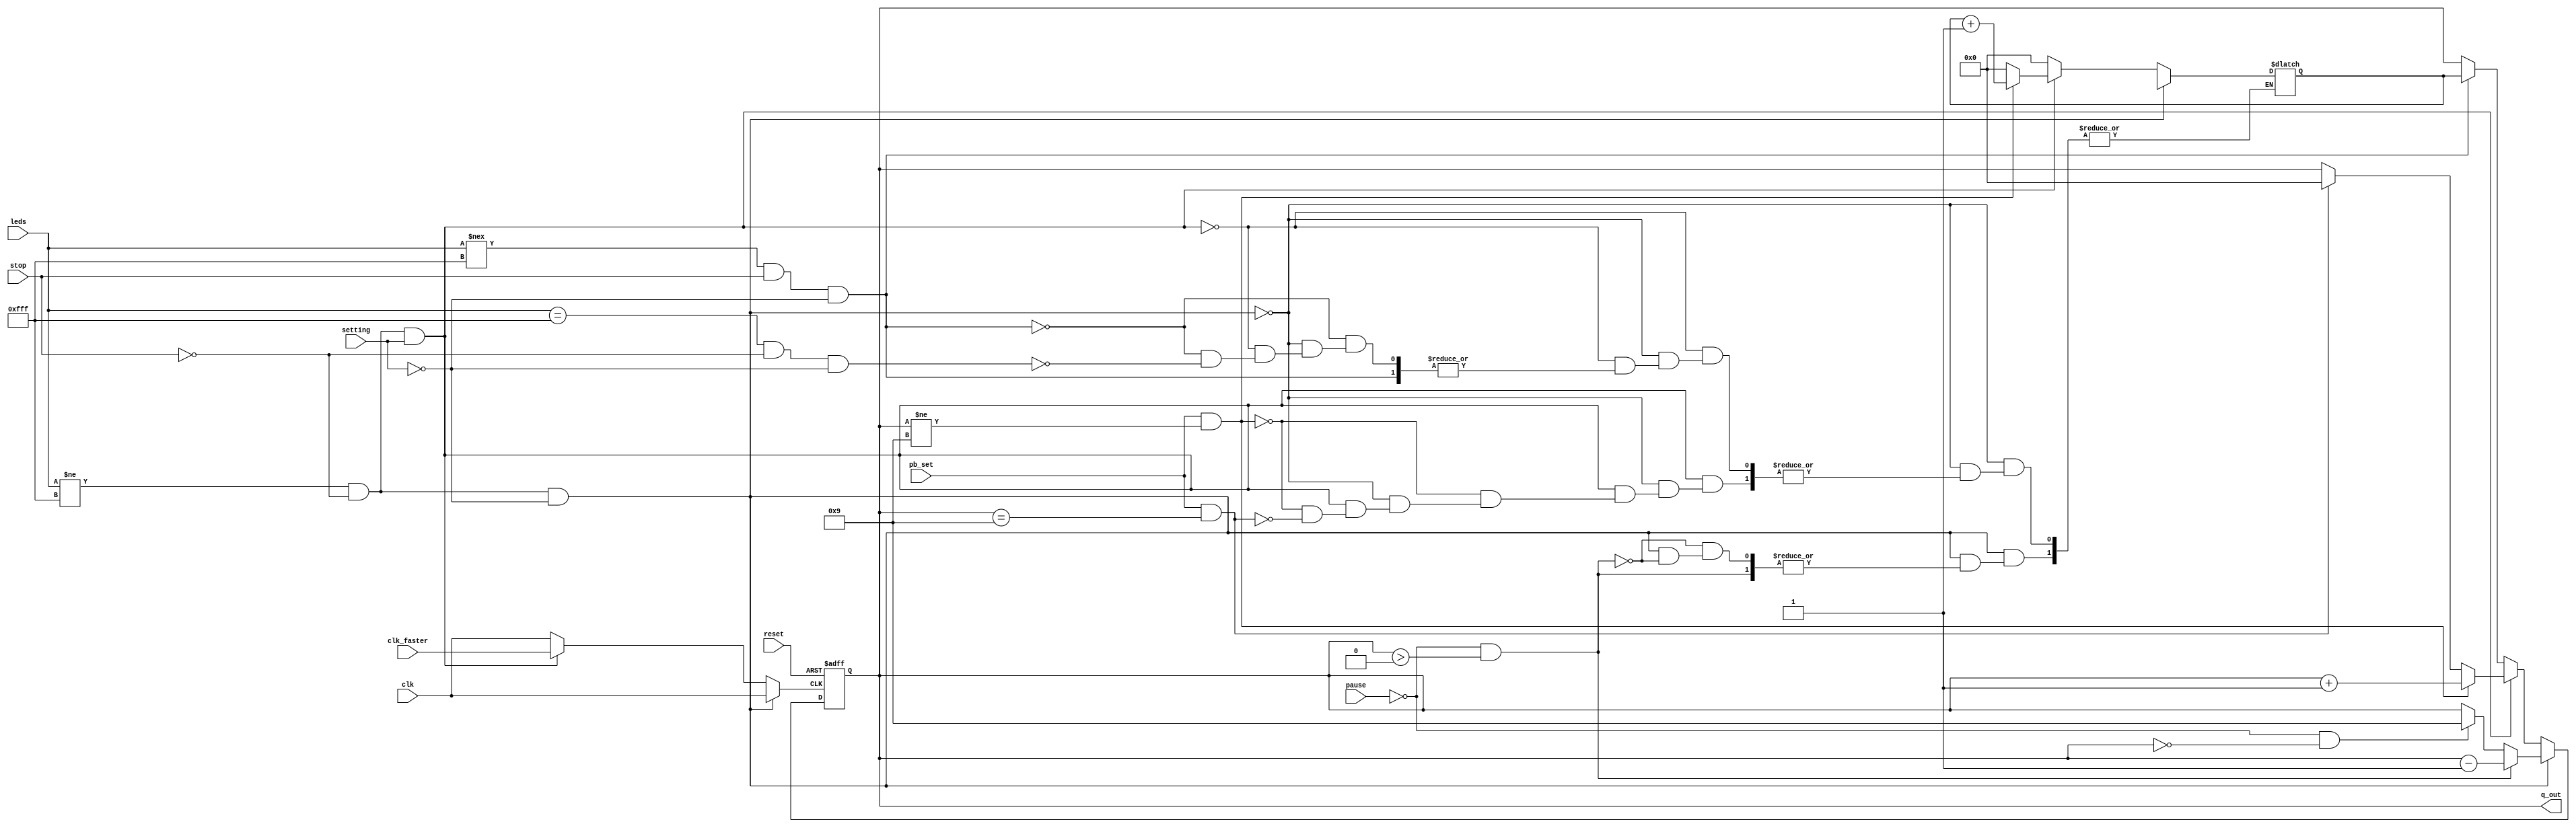
module syndwcnt0_BCD(
    q_out,
    clk, // global clock
    clk_faster,
    reset, // active low reset
    stop,
    pause,
    pb_set,
    setting,
    leds
);

output [3:0] q_out;
input clk; // global clock
input clk_faster;
input reset; // active low reset
input stop;
input pause;
input pb_set;
input setting;
input [11:0] leds;

reg [3:0] q, q_out, count_temp, num; // input to dff (in always block)
reg clk_counter, finish;

always @* begin
if (leds != 12'b111111111111 && ~stop && ~setting) begin
    clk_counter = clk;
    if (pause == 0 && q > 4'd0) begin
        count_temp = q - 1'b1;
        num = num ;
    end
    else if (pause == 0 && q == 4'd0) begin
        count_temp = 4'd9;
        num = num ;
    end
    else begin
        count_temp = q;
        num = num ;
    end
end
else if (leds != 12'b111111111111 &&  ~stop && setting) begin
    clk_counter = clk_faster;
    if (pb_set && q != 4'd9) begin
        count_temp = q + 1'b1;
        num = num + 1'b1;
    end
    else if (pb_set && q == 4'd9) begin
        count_temp = 4'd0;
        num = 1'b0;
    end
    else begin
        count_temp = q;
        num = num ;
    end
end
else if (leds !== 12'b111111111111 && stop && ~setting) begin
    clk_counter = clk;
    count_temp = num;
    num = num;
end
else if (leds == 12'b111111111111 && ~stop && ~setting) begin
    clk_counter = clk;
    count_temp = q;
    num = 0;
end
else begin
    clk_counter = clk;
    count_temp = q;
    num = num;
end

q_out = q;
end
always @(posedge clk_counter or negedge reset) begin
    if (~reset)
        q <= 4'd0;
    else 
        q <= count_temp;
end
endmodule